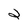
Character: 2